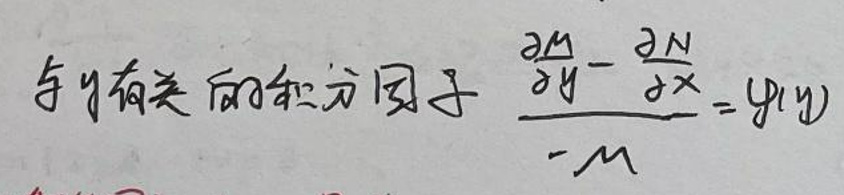
与y有关的积分因子 $\frac{\frac{\partial M}{\partial y}-\frac{\partial N}{\partial x}}{-M}=\varphi(y)$